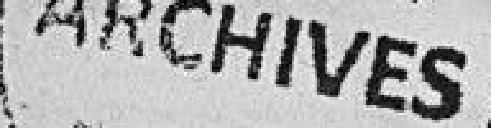
Archives